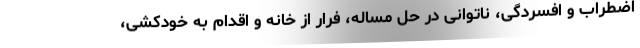
اضطراب و افسردگی، ناتوانی در حل مساله، فرار از خانه و اقدام به خودکشی،